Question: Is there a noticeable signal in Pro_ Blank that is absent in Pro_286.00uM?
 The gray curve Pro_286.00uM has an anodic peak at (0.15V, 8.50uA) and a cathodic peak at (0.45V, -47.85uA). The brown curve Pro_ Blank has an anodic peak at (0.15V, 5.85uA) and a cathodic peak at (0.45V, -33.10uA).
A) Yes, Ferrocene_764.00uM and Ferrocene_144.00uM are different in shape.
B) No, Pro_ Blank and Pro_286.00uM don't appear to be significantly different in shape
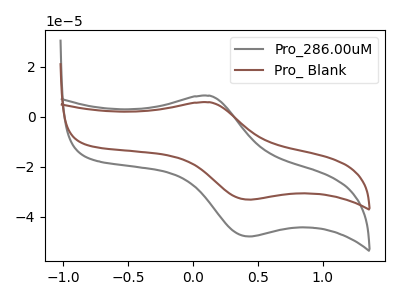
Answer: <think>All the peaks in "Pro_ Blank" have a peak in "Pro_286.00uM" at the same potential. Every peak in "Pro_ Blank" is lower than every peak in "Pro_286.00uM".
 </think>
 <answer>B) No, "Pro_ Blank" and "Pro_286.00uM" don't appear to be significantly different in shape</answer>
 <eval>B</eval>